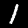
Label: 1